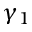
\gamma _ { 1 }